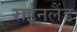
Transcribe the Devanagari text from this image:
राईनलैंड